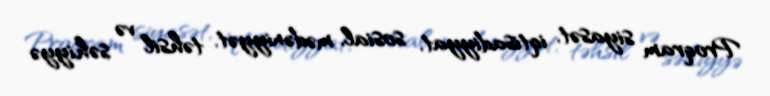
Proqram siyasət, iqtisadiyyat, sosial, mədəniyyət, təhsil və səhiyyə